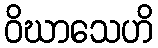
ဝိဃာသေဟိ